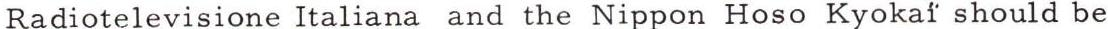
Radiotelevisione Italiana and the Nippon Hoso Kyokaï should be